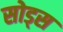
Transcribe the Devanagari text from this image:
सोड्स